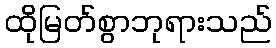
ထိုမြတ်စွာဘုရားသည်